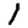
Digit: 1